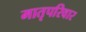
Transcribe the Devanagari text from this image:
मातृपरिवार